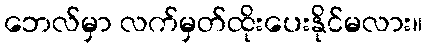
ဘေလ်မှာ လက်မှတ်ထိုးပေးနိုင်မလား။